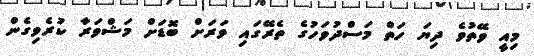
މިއީ ވޭތުވެ ދިޔަ ހަތް މަސްދުވަހުގެ ތެރޭގައި ވަރަށް ބޮޑަށް މަޝްވަރާ ކުރެވިގެން